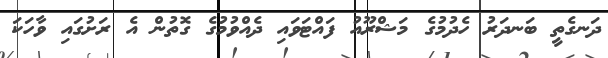
ދަނގެތީ ބަނދަރު ހެދުމުގެ މަޝްރޫއު ފައްޓަވައި ދެއްވުމުގެ ގޮތުން އެ ރަށުގައި ވާހަކަ